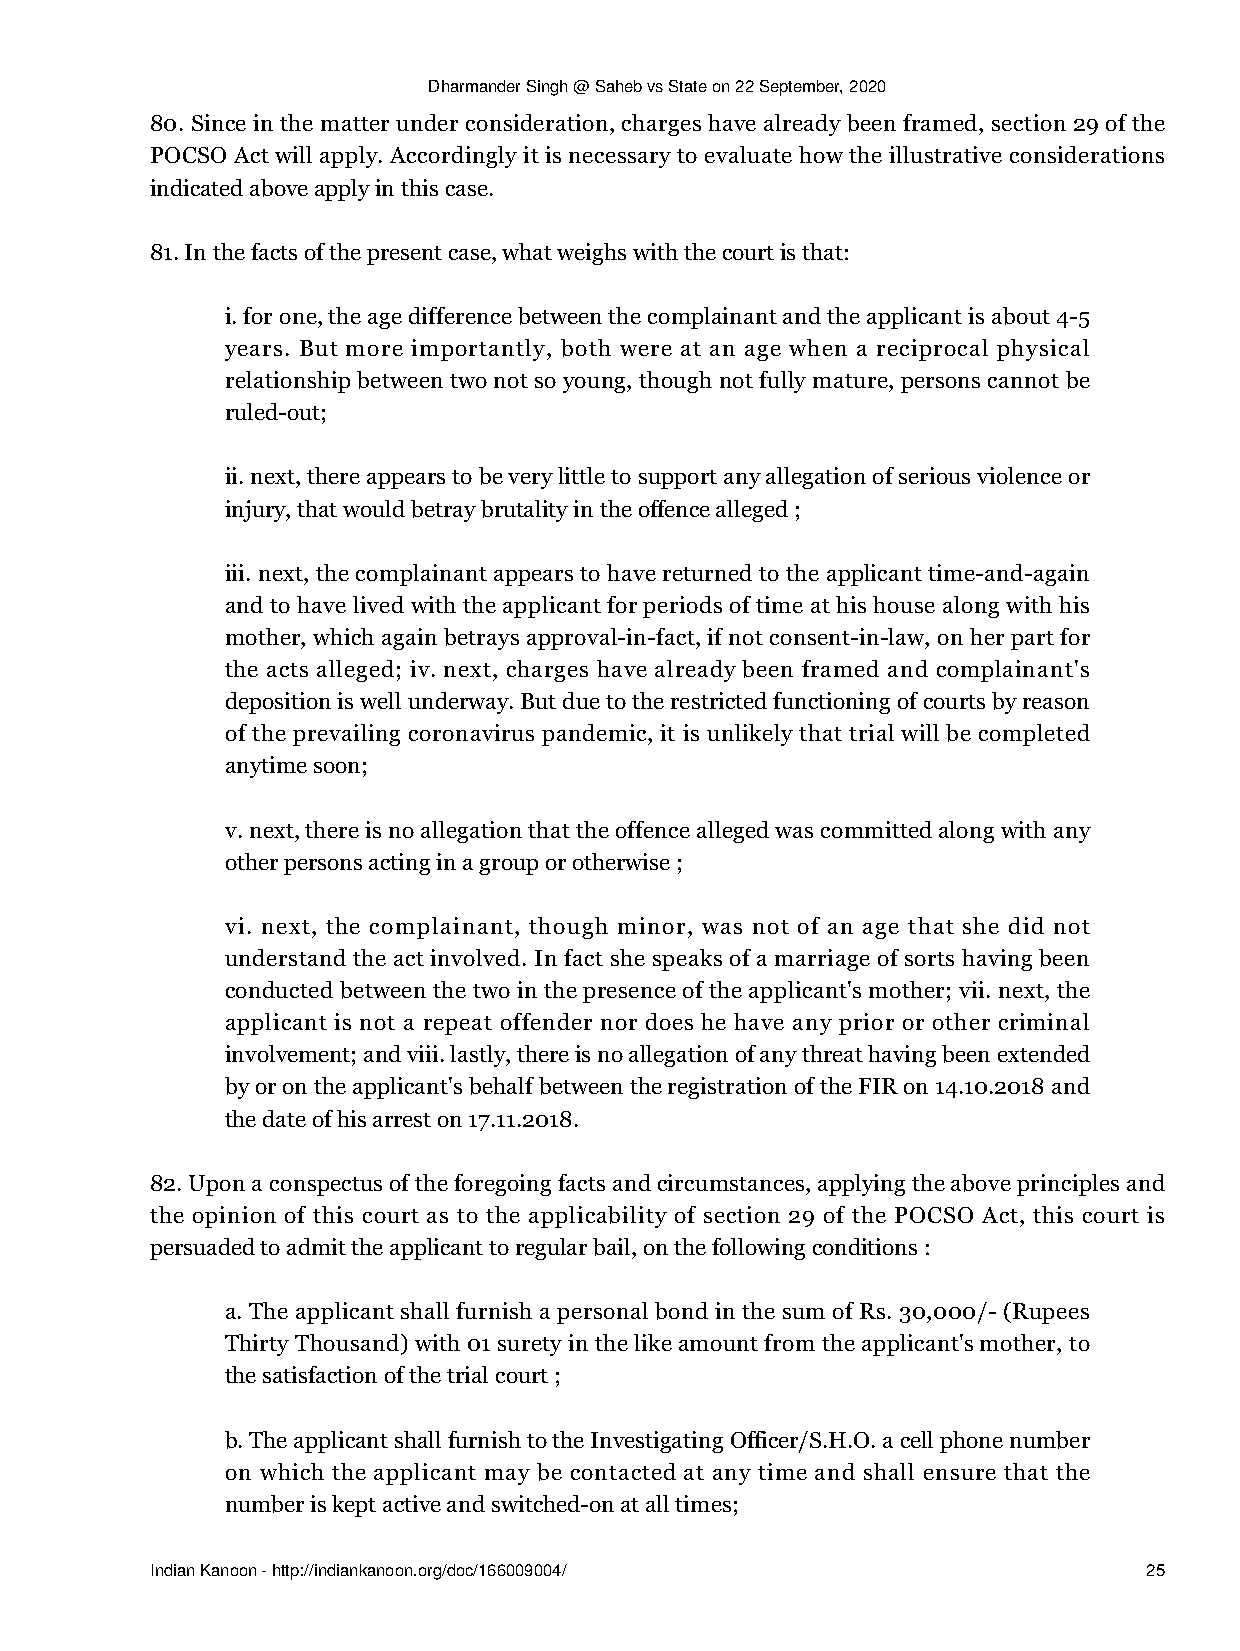
Dharmander Singh @ Saheb vs State on 22 September, 2020
 80. Since in the matter under consideration, charges have already been framed, section 29 of the
 POCSO Act will apply. Accordingly it is necessary to evaluate how the illustrative considerations
 indicated above apply in this case.
 81. In the facts of the present case, what weighs with the court is that:
 i. for one, the age difference between the complainant and the applicant is about 4-5
 years. But more importantly, both were at an age when a reciprocal physical
 relationship between two not so young, though not fully mature, persons cannot be
 ruled-out;
 ii. next, there appears to be very little to support any allegation of serious violence or
 injury, that would betray brutality in the offence alleged ;
 iii. next, the complainant appears to have returned to the applicant time-and-again
 and to have lived with the applicant for periods of time at his house along with his
 mother, which again betrays approval-in-fact, if not consent-in-law, on her part for
 the acts alleged; iv. next, charges have already been framed and complainant's
 deposition is well underway. But due to the restricted functioning of courts by reason
 of the prevailing coronavirus pandemic, it is unlikely that trial will be completed
 anytime soon;
 v. next, there is no allegation that the offence alleged was committed along with any
 other persons acting in a group or otherwise ;
 vi. next, the complainant, though minor, was not of an age that she did not
 understand the act involved. In fact she speaks of a marriage of sorts having been
 conducted between the two in the presence of the applicant's mother; vii. next, the
 applicant is not a repeat offender nor does he have any prior or other criminal
 involvement; and viii. lastly, there is no allegation of any threat having been extended
 by or on the applicant's behalf between the registration of the FIR on 14.10.2018 and
 the date of his arrest on 17.11.2018.
 82. Upon a conspectus of the foregoing facts and circumstances, applying the above principles and
 the opinion of this court as to the applicability of section 29 of the POCSO Act, this court is
 persuaded to admit the applicant to regular bail, on the following conditions :
 a. The applicant shall furnish a personal bond in the sum of Rs. 30,000/- (Rupees
 Thirty Thousand) with 01 surety in the like amount from the applicant's mother, to
 the satisfaction of the trial court ;
 b. The applicant shall furnish to the Investigating Officer/S.H.O. a cell phone number
 on which the applicant may be contacted at any time and shall ensure that the
 number is kept active and switched-on at all times;
 Indian Kanoon - http://indiankanoon.org/doc/166009004/            25